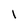
Character: l